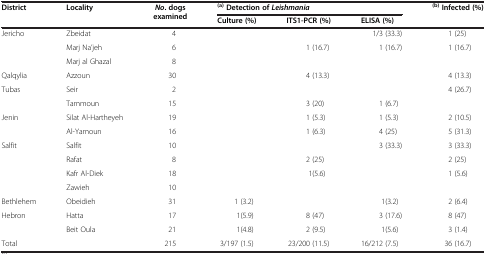
<table><thead><tr><td rowspan="2"><b>District</b></td><td rowspan="2"><b>Locality</b></td><td rowspan="2"><b><i>No</i>. dogs examined</b></td><td colspan="3"><b><sup>(a)</sup>Detection of<i> Leishmania </i></b></td><td rowspan="2"><b><sup>(b)</sup>Infected (%)</b></td></tr><tr><td><b>Culture (%)</b></td><td><b>ITS1-PCR (%)</b></td><td><b>ELISA (%)</b></td></tr></thead><tbody><tr><td>Jericho</td><td>Zbeidat</td><td>4</td><td>[EMPTY_CELL]</td><td>[EMPTY_CELL]</td><td>1/3 (33.3)</td><td>1 (25)</td></tr><tr><td>[EMPTY_CELL]</td><td>Marj Na’jeh</td><td>6</td><td>[EMPTY_CELL]</td><td>1 (16.7)</td><td>1 (16.7)</td><td>1 (16.7)</td></tr><tr><td>[EMPTY_CELL]</td><td>Marj al Ghazal</td><td>8</td><td>[EMPTY_CELL]</td><td>[EMPTY_CELL]</td><td>[EMPTY_CELL]</td><td>[EMPTY_CELL]</td></tr><tr><td>Qalqylia</td><td>Azzoun</td><td>30</td><td>[EMPTY_CELL]</td><td>4 (13.3)</td><td>[EMPTY_CELL]</td><td>4 (13.3)</td></tr><tr><td>Tubas</td><td>Seir</td><td>2</td><td>[EMPTY_CELL]</td><td>[EMPTY_CELL]</td><td>[EMPTY_CELL]</td><td>4 (26.7)</td></tr><tr><td>[EMPTY_CELL]</td><td>Tammoun</td><td>15</td><td>[EMPTY_CELL]</td><td>3 (20)</td><td>1 (6.7)</td><td>[EMPTY_CELL]</td></tr><tr><td>Jenin</td><td>Silat Al-Hartheyeh</td><td>19</td><td>[EMPTY_CELL]</td><td>1 (5.3)</td><td>1 (5.3)</td><td>2 (10.5)</td></tr><tr><td>[EMPTY_CELL]</td><td>Al-Yamoun</td><td>16</td><td>[EMPTY_CELL]</td><td>1 (6.3)</td><td>4 (25)</td><td>5 (31.3)</td></tr><tr><td>Salfit</td><td>Salfit</td><td>10</td><td>[EMPTY_CELL]</td><td>[EMPTY_CELL]</td><td>3 (33.3)</td><td>3 (33.3)</td></tr><tr><td>[EMPTY_CELL]</td><td>Rafat</td><td>8</td><td>[EMPTY_CELL]</td><td>2 (25)</td><td>[EMPTY_CELL]</td><td>2 (25)</td></tr><tr><td>[EMPTY_CELL]</td><td>Kafr Al-Diek</td><td>18</td><td>[EMPTY_CELL]</td><td>1(5.6)</td><td>[EMPTY_CELL]</td><td>1 (5.6)</td></tr><tr><td>[EMPTY_CELL]</td><td>Zawieh</td><td>10</td><td>[EMPTY_CELL]</td><td>[EMPTY_CELL]</td><td>[EMPTY_CELL]</td><td>[EMPTY_CELL]</td></tr><tr><td>Bethlehem</td><td>Obeidieh</td><td>31</td><td>1 (3.2)</td><td>[EMPTY_CELL]</td><td>1(3.2)</td><td>2 (6.4)</td></tr><tr><td>Hebron</td><td>Hatta</td><td>17</td><td>1(5.9)</td><td>8 (47)</td><td>3 (17.6)</td><td>8 (47)</td></tr><tr><td>[EMPTY_CELL]</td><td>Beit Oula</td><td>21</td><td>1(4.8)</td><td>2 (9.5)</td><td>1(5.6)</td><td>3 (1.4)</td></tr><tr><td>Total</td><td>[EMPTY_CELL]</td><td>215</td><td>3/197 (1.5)</td><td>23/200 (11.5)</td><td>16/212 (7.5)</td><td>36 (16.7)</td></tr></tbody></table>